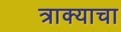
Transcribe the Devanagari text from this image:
त्राक्याचा